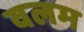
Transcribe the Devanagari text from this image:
वलम